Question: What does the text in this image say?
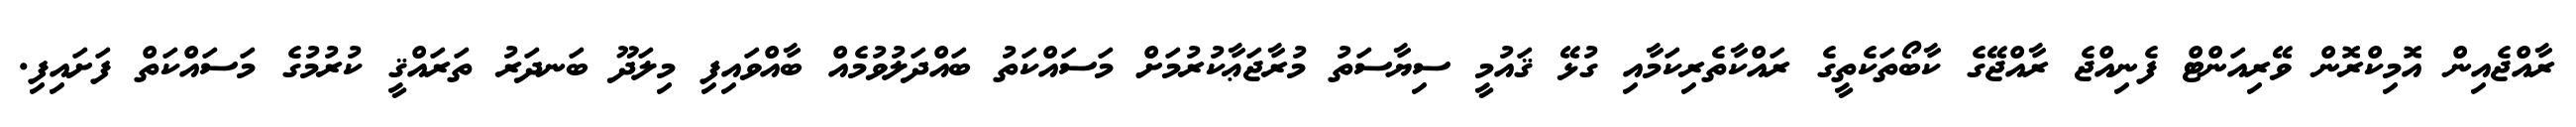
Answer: ރާއްޖެއިން އޮމިކްރޮން ވޭރިއަންޓް ފެނިއްޖެ ރާއްޖޭގެ ކާބޯތަކެތީގެ ރައްކާތެރިކަމާއި ގުޅޭ ޤައުމީ ސިޔާސަތު މުރާޖަޢާކުރުމަށް މަސައްކަތު ބައްދަލުވުމެއް ބާއްވައިފި މިލަދޫ ބަނދަރު ތަރައްޤީ ކުރުމުގެ މަސައްކަތް ފަށައިފި.